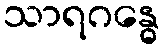
သာရဂန္ဓေ